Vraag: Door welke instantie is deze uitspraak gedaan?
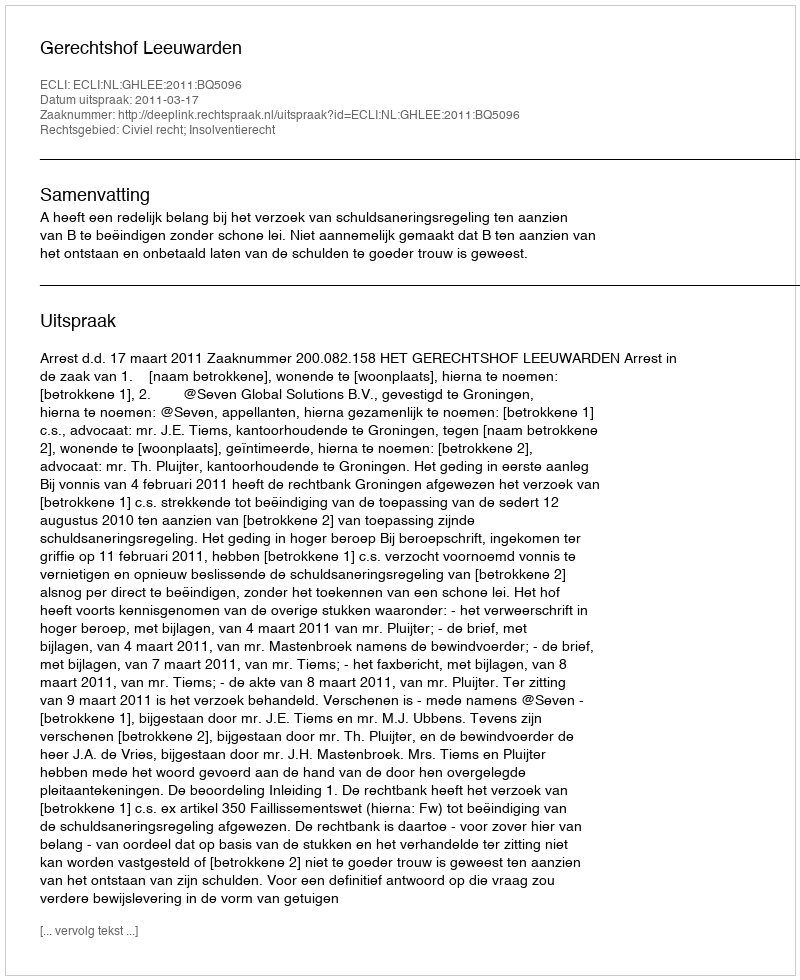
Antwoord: Gerechtshof Leeuwarden